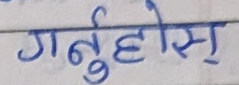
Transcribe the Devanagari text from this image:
गर्नुहोस्